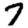
Digit: 7